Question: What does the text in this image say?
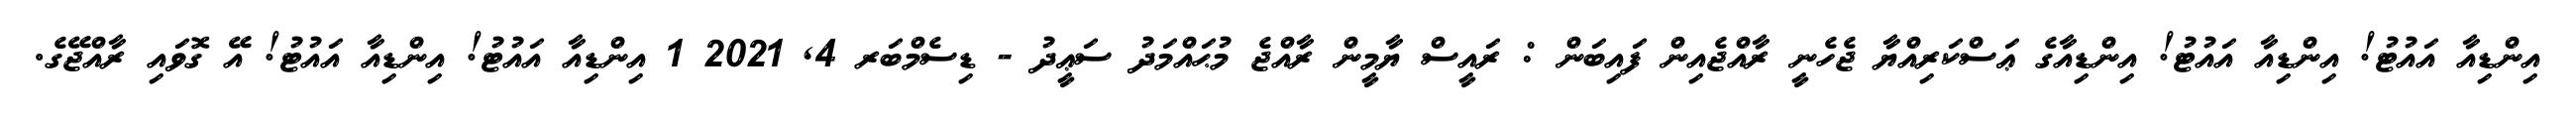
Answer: އިންޑިއާ އައުޓު! އިންޑިއާ އައުޓު! އިންޑިއާގެ ޢަސްކަރިއްޔާ ޖެހެނީ ރާއްޖެއިން ފައިބަން : ރައީސް ޔާމީން ރާއްޖެ މުޙައްމަދު ސަޢީދު - ޑިސެމްބަރ 4, 2021 1 އިންޑިއާ އައުޓު! އިންޑިއާ އައުޓު! އޭ ގޮވައި ރާއްޖޭގެ.